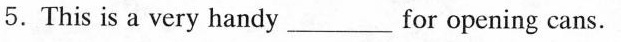
5.This is a very handy_ for opening cans.